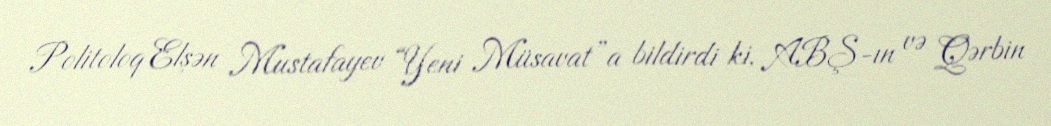
Politoloq Elşən Mustafayev “Yeni Müsavat”a bildirdi ki, ABŞ-ın və Qərbin